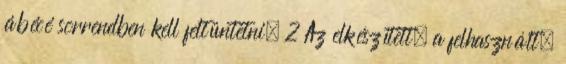
ábécé sorrendben kell feltüntetni. 2 Az elkészített, a felhasznált,